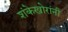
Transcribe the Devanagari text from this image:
शंकेखोरांनी